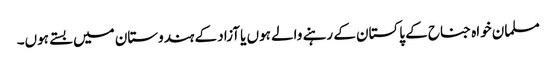
مسلمان خواہ جناح کے پاکستان کے رہنے والے ہوں یا آزاد کے ہندوستان میں بستے ہوں۔